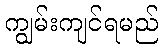
ကျွမ်းကျင်ရမည်